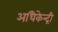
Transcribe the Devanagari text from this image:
अधिकेन्द्री